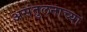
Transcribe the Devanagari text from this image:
असंतुलनाच्या